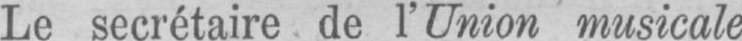
Le secrétaire de l’Union musicale